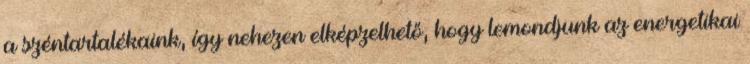
a széntartalékaink, így nehezen elképzelhető, hogy lemondjunk az energetikai